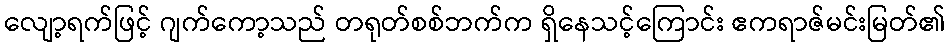
လျော့ရက်ဖြင့် ဂျက်ကော့သည် တရုတ်စစ်ဘက်က ရှိနေသင့်ကြောင်း ဧကရာဇ်မင်းမြတ်၏